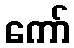
ကော်